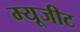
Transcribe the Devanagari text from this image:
म्यूजीट